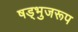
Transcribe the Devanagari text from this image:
षड्भुजरूप